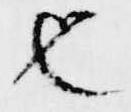
也